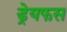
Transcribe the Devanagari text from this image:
ड्रेयफस